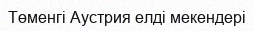
Төменгі Аустрия елді мекендері